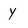
Character: Y